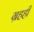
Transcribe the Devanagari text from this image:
ग्रहही